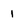
Character: 1